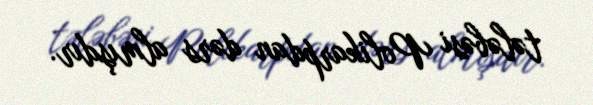
tələbəsi Polikarpdan dərs almışdır.